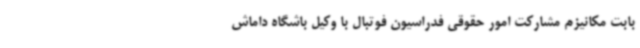
بابت مکانیزم مشارکت امور حقوقی فدراسیون فوتبال با وکیل باشگاه داماش